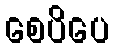
စေပိပေ